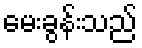
မေးခွန်းသည်